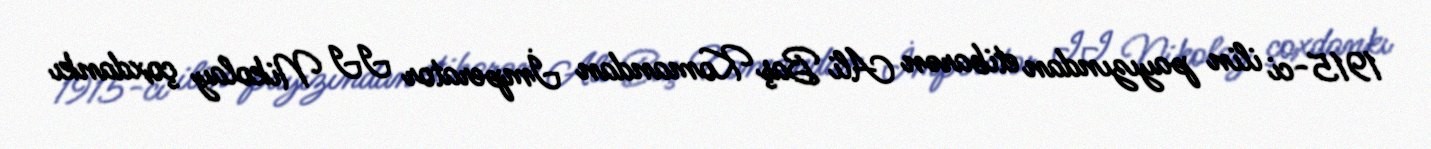
1915-ci ilin payızından etibarən Ali Baş Komandan İmperator II Nikolay çoxdankı